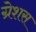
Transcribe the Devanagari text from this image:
ग्रेशस